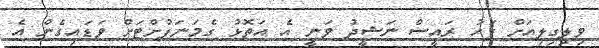
ވިލިގިލިއަށް ފަހު ރައީސް ނަޝީދު ވަނީ އެ އަތޮޅު ގެމަނަފުށްޓަށް ވަޑައިގެން އެ